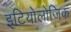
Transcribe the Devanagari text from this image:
इटियोलोजिक